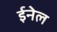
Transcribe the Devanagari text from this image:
ईनेल